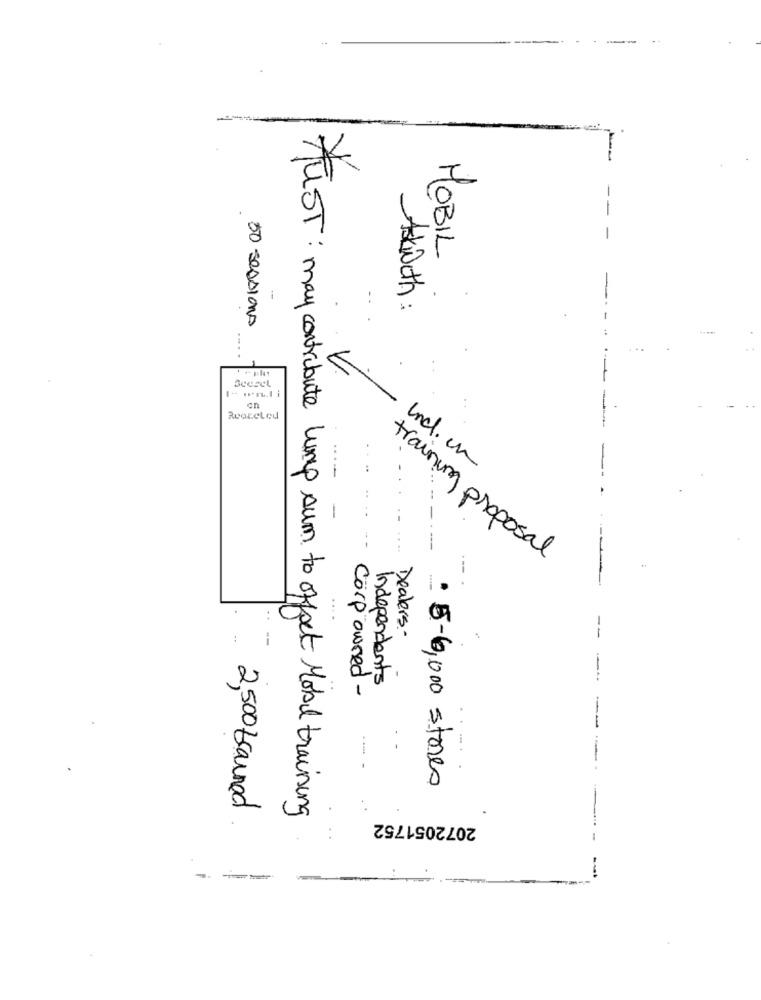
-
MOBIL
-
:
Askwith :
50 Sessions
Rvoreled
und.cm
training proposal
---
Dealers-
Independents
corp owned -
----
5-6,000 stores
.2,500 trained
AUST: may contribute lump sum to offset Mobil training
2072051752
---
-